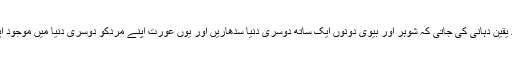
ایک امکان یہ بھی گردانا جاتا ہے کہ شاید اس رسم کے ذریعے یہ یقین دہانی کی جاتی کہ شوہر اور بیوی دونوں ایک ساتھ دوسری دنیا سدھاریں اور یوں عورت اپنے مردکو دوسری دنیا میں موجود اپسراؤں کے دام و تزویر سے بچا کر اپنے پلو سے باندھے رکھے۔